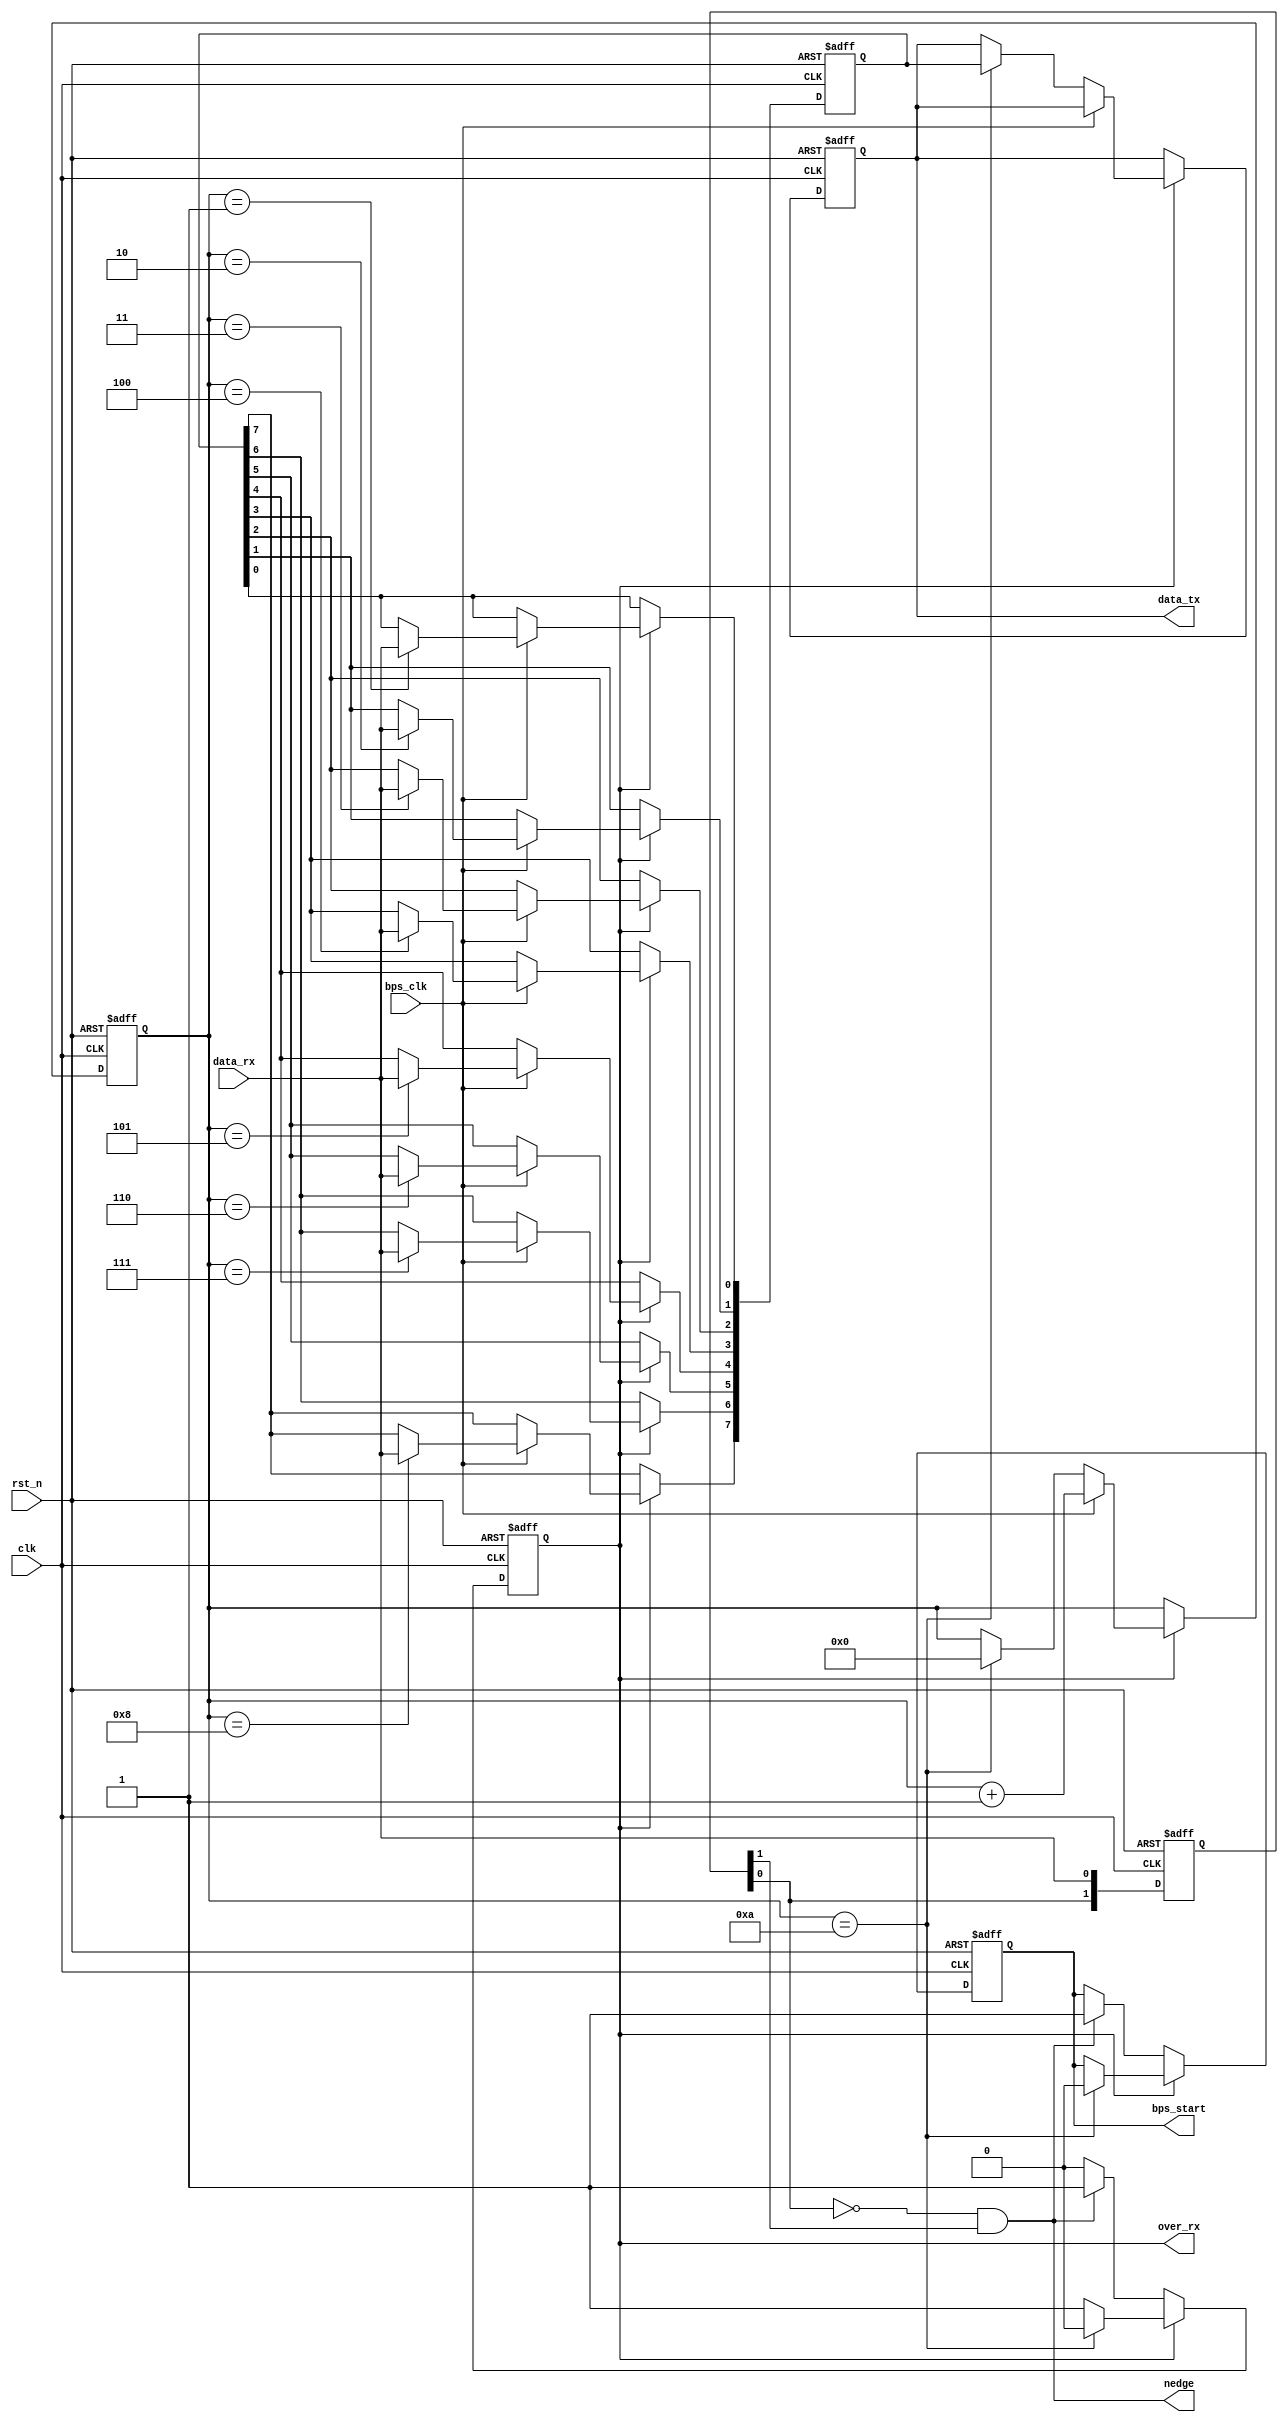
`timescale 1ns / 1ps
//////////////////////////////////////////////////////////////////////////////////
// Company: 
// Engineer: 
// 
// Design Name: 
// Module Name:    uart_rx 
// Project Name: 
// Target Devices: 
// Tool versions: 
// Description: 
//
// Dependencies: 
//
// Revision: 
// Revision 0.01 - File Created
// Additional Comments: 
//
//////////////////////////////////////////////////////////////////////////////////
module uart_rx(
    input clk,
	input rst_n,
	input bps_clk,
	input data_rx,
	output [7:0]data_tx,
	output reg over_rx,                         // 0 1
	output reg bps_start,
	output nedge                                                // 
	);
	reg [1:0]tmp_rx;                       //
	           
	reg[3:0]num;                           //10 
	reg[7:0]data_rx0;                      // bit
	reg[7:0]data_rx1;                      // 
	always@(posedge clk or negedge rst_n)  // 
	  begin
	  if(!rst_n)  tmp_rx<=2'b11;
	  else
	    begin
	    tmp_rx[0]<=data_rx;
	    tmp_rx[1]<=tmp_rx[0];
	    end
	  end
	assign nedge=~tmp_rx[0]&tmp_rx[1];
	
	always@(posedge clk or negedge rst_n)
	begin
	 if(!rst_n)
	  begin
	    bps_start<=1'b0;
		over_rx  <=1'b0;
	  end
	 else if(!over_rx)
	  begin
	   if(nedge)
	    begin
	    bps_start<=1'b1;
	    over_rx  <=1'b1;
	    end
	  end
	 else if(num==4'd10)
	  begin
	   bps_start<=1'b0;
	   over_rx  <=1'b0;
	  end
	end
	
	always@(posedge clk or negedge rst_n)
	 begin
	   if(!rst_n)
	    begin
	    data_rx0<=1'd0;
		data_rx1<=1'd0;
		num     <=1'd0;
	    end
	   else if(over_rx)
	    begin
		  if(bps_clk)
		    begin
		     num<=num+1'b1;
			 case(num)
			    4'd1: data_rx0[0]<=data_rx;
				4'd2: data_rx0[1]<=data_rx;
				4'd3: data_rx0[2]<=data_rx;
				4'd4: data_rx0[3]<=data_rx;
				4'd5: data_rx0[4]<=data_rx;
				4'd6: data_rx0[5]<=data_rx;
				4'd7: data_rx0[6]<=data_rx;
				4'd8: data_rx0[7]<=data_rx;
			 default: ;
			 endcase
			end
		  else if(num==4'd10)
		    begin
			data_rx1<=data_rx0;
			num<=4'd0;
		    end
		end
	 end
	assign data_tx=data_rx1;
endmodule